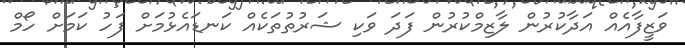
ވަޒީފާއެއް އަދާކުރުން ލާޒިމްކުރުން ފަދަ ވަކި ޝަރުތުތަކެއް ކަނޑައެޅުމަށް ފަހު ކަމަށް ހޯމް